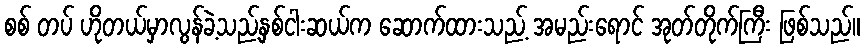
စစ် တပ် ဟိုတယ်မှာလွန်ခဲ့သည့်နှစ်ငါးဆယ်က ဆောက်ထားသည့် အမည်းရောင် အုတ်တိုက်ကြီး ဖြစ်သည်။